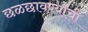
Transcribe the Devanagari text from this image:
छळछावण्यांची